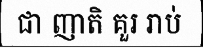
ជា ញាតិ គួរ រាប់